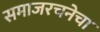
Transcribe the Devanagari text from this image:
समाजरचनेचा